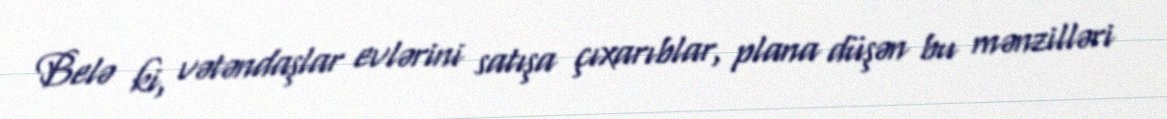
Belə ki, vətəndaşlar evlərini satışa çıxarıblar, plana düşən bu mənzilləri